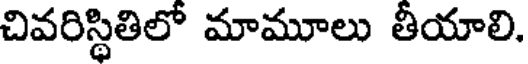
చివరిస్థితిలో మామూలు తీయాలి.